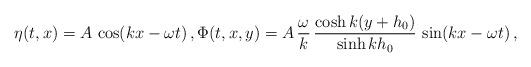
LaTeX: \begin{align*}\eta(t,x)= A \,\cos( k x - \omega t)\, , \Phi(t,x, y)= A \, \frac{\omega}{k} \, \frac{\cosh k(y+h_0) }{\sinh k h_0}\,\sin( k x - \omega t)\, ,\end{align*}